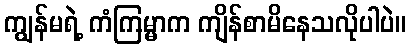
ကျွန်မရဲ့ ကံကြမ္မာက ကျိန်စာမိနေသလိုပါပဲ။